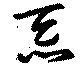
忝